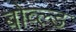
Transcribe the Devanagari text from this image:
बोव्ल्ड